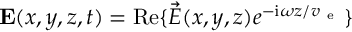
\mathbf { E } ( x , y , z , t ) = \mathrm { R e } \{ \vec { E } ( x , y , z ) e ^ { - { \mathrm { i } } \omega z / v _ { \mathrm { ~ e ~ } } } \}